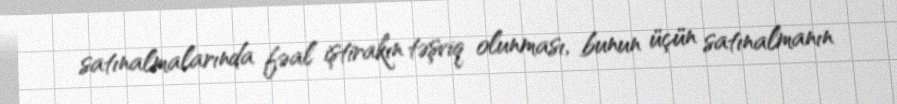
satınalmalarında fəal iştirakın təşviq olunması, bunun üçün satınalmanın